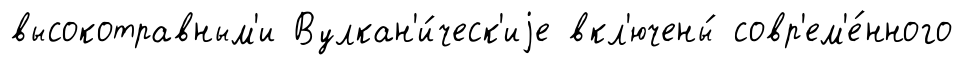
высокотравным'и Вулкан'и́ческ'иjе вкл'ючены́ совр'ем'е́нного